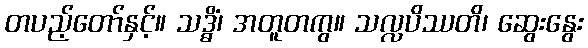
တပည့်တော်နှင့်။ သဒ္ဓိံ၊ အတူတကွ။ သလ္လပိဿတိ၊ ဆွေးနွေး